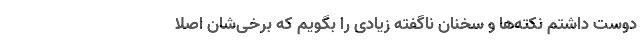
دوست داشتم نکته‌ها و سخنان ناگفته زیادی را بگویم که برخی‌شان اصلاً